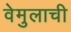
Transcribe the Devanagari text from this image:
वेमुलाची